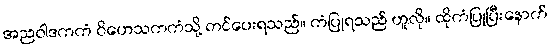
အညဝါဒကကံ ဝိဟေသကကံသို့ တင်ပေးရသည်။ ကံပြုရသည် ဟူလို။ ထိုကံပြုပြီးနောက်